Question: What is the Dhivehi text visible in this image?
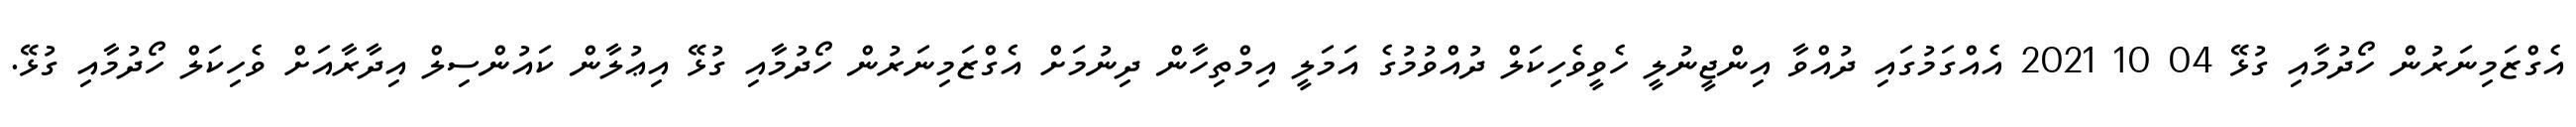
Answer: އެގްޒަމިނަރުން ހޯދުމާއި ގުޅޭ 04 10 2021 އެއްގަމުގައި ދުއްވާ އިންޖީނުލީ ހެވީވެހިކަލް ދުއްވުމުގެ އަމަލީ އިމްތިހާން ދިނުމަށް އެގްޒަމިނަރުން ހޯދުމާއި ގުޅޭ އިޢުލާން ކައުންސިލް އިދާރާއަށް ވެހިކަލް ހޯދުމާއި ގުޅޭ.